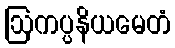
ဩကပ္ပနိယမေတံ